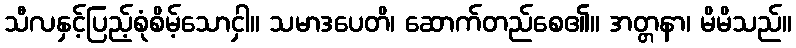
သီလနှင့်ပြည့်စုံစိမ့်သောငှါ။ သမာဒပေတိ၊ ဆောက်တည်စေ၏။ အတ္တနာ၊ မိမိသည်။